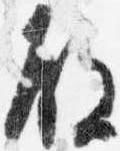
殿